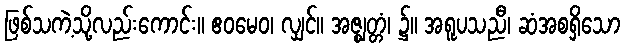
ဖြစ်သကဲ့သို့လည်းကောင်း။ ဧဝမေဝ၊ လျှင်။ အဇ္ဈတ္တံ၊ ၌။ အရူပသညီ၊ ဆံအစရှိသော